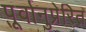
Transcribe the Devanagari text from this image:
पूर्वानुप्रेरित